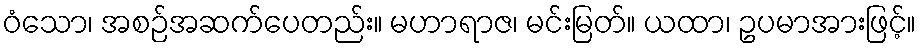
ဝံသော၊ အစဉ်အဆက်ပေတည်း။ မဟာရာဇ၊ မင်းမြတ်။ ယထာ၊ ဥပမာအားဖြင့်။